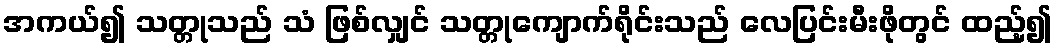
အကယ်၍ သတ္တုသည် သံ ဖြစ်လျှင် သတ္တုကျောက်ရိုင်းသည် လေပြင်းမီးဖိုတွင် ထည့်၍